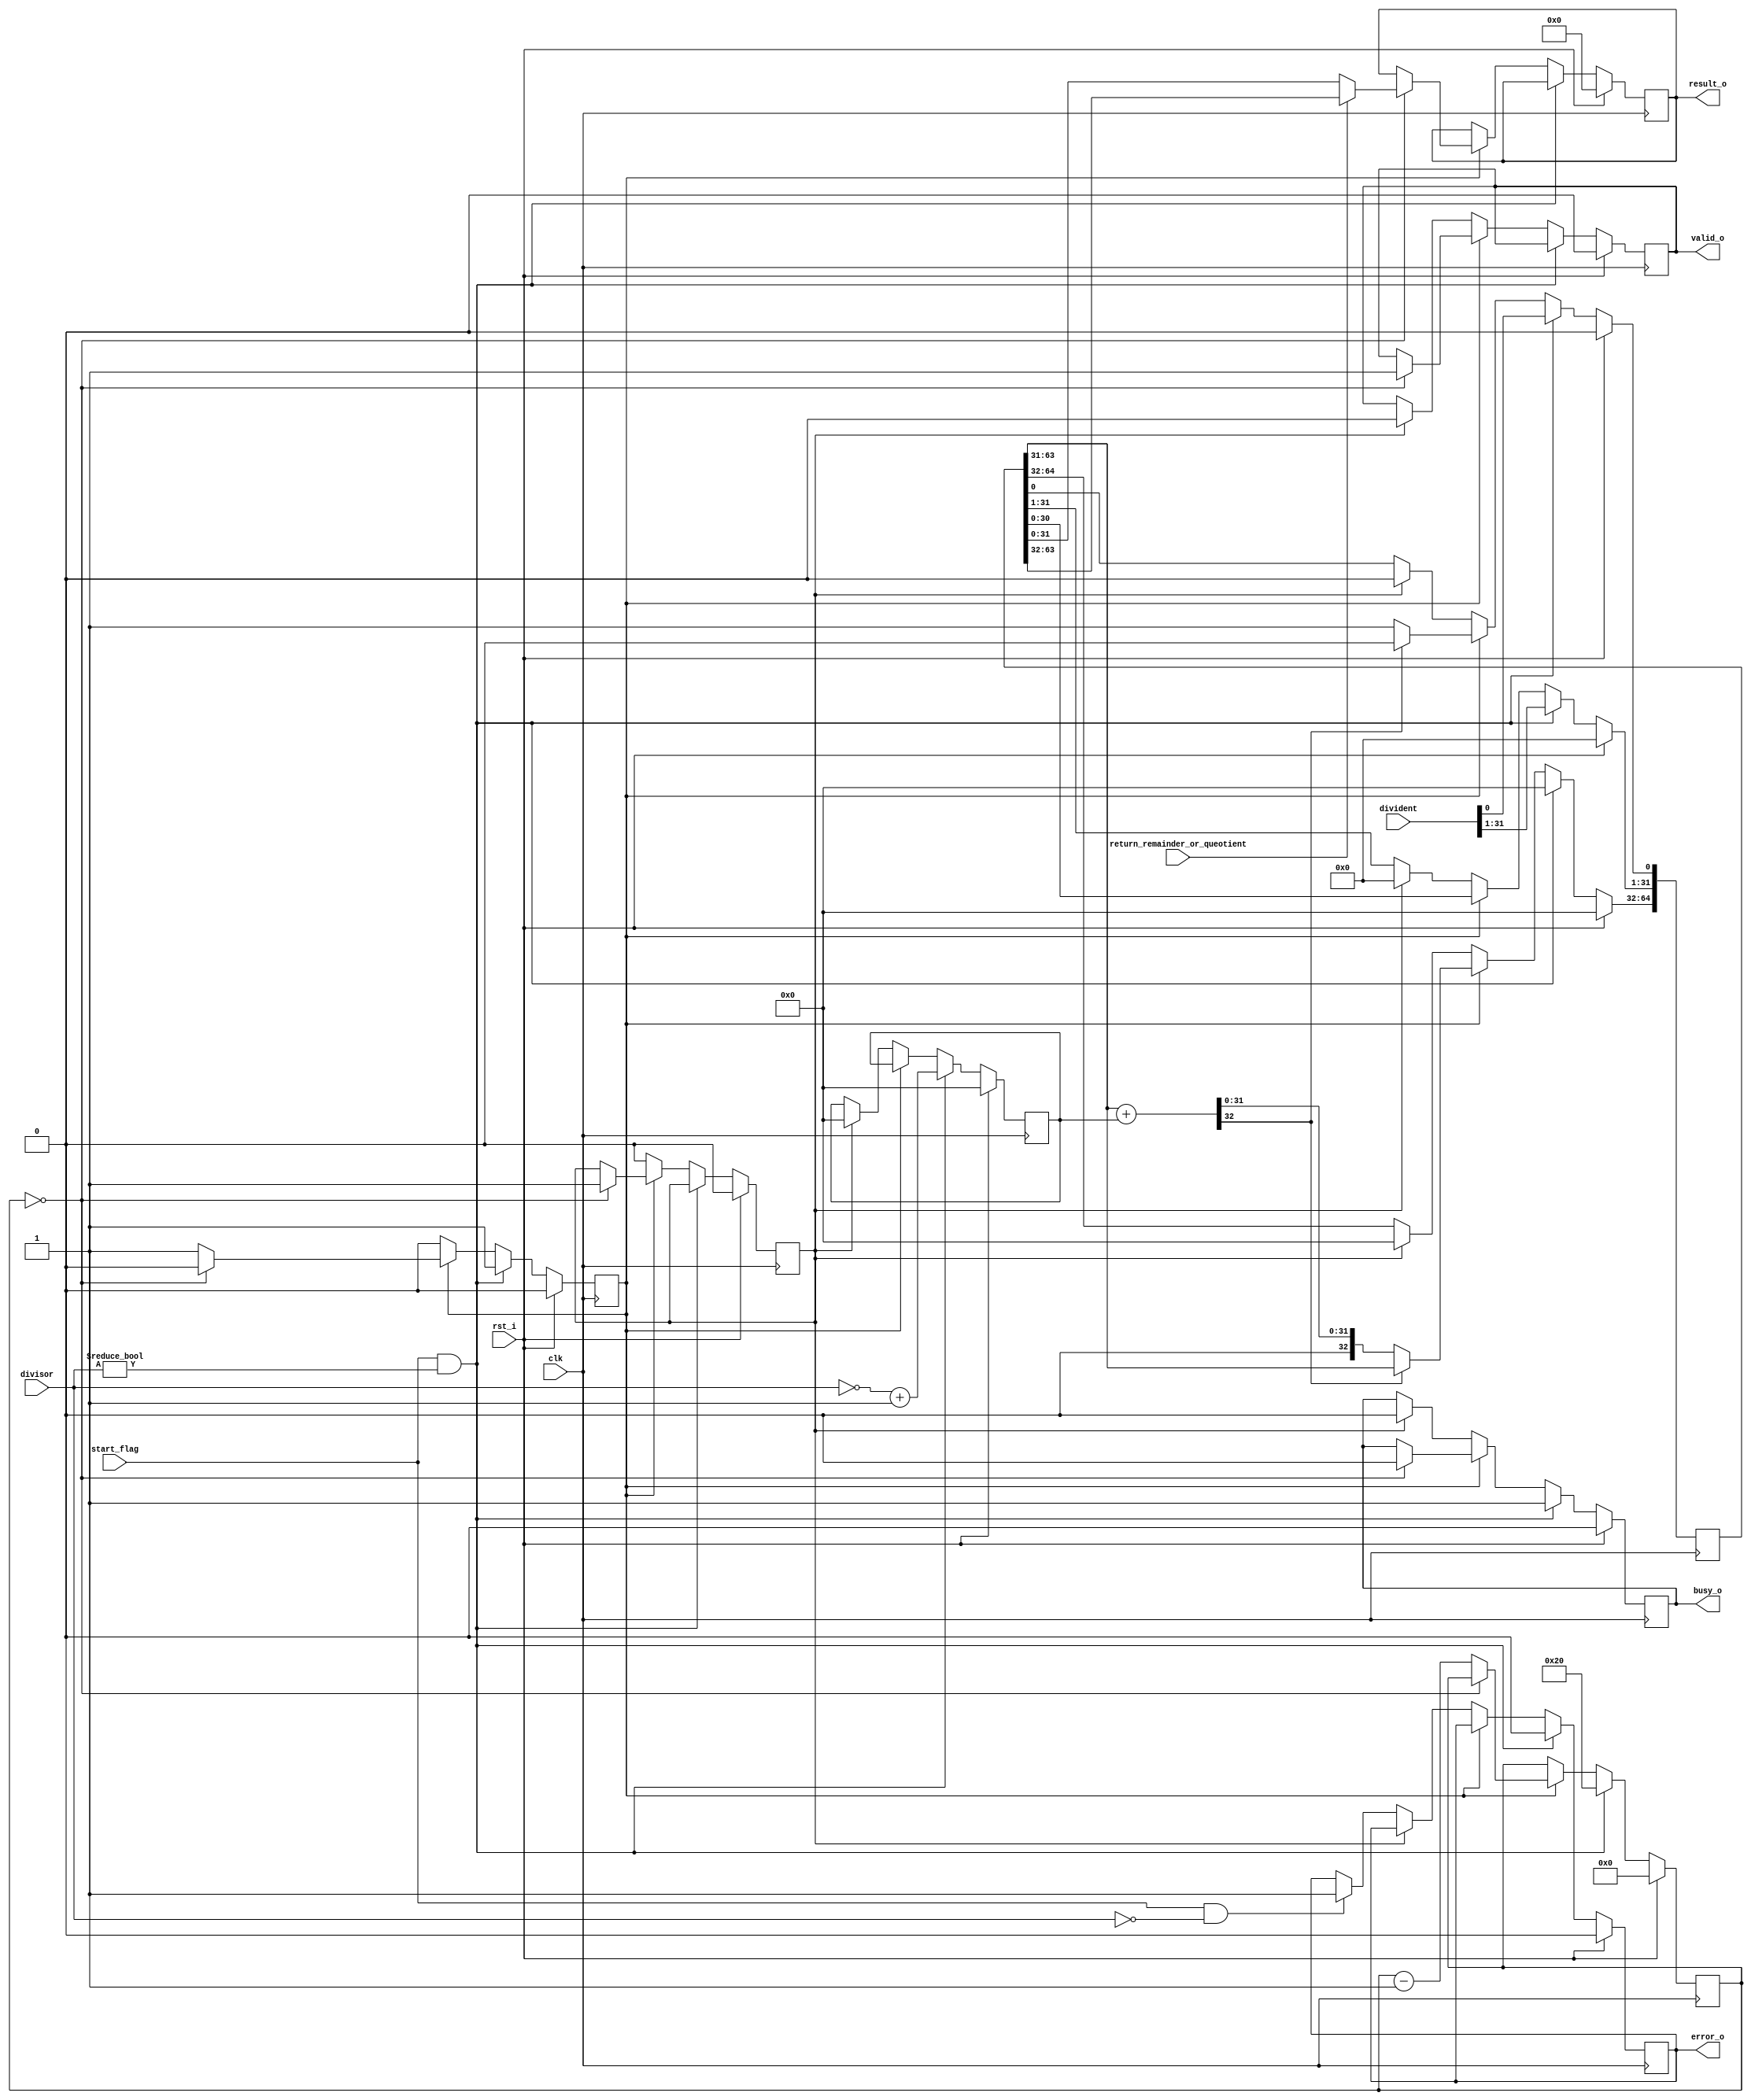
module Booth_Radix2_Divider#(parameter width = 32)(  // Module definition with parameter for operand width
    input clk,                                     // Clock input
    input rst_i,                                   // Reset input
    input [width-1:0] divident,                    // Dividend input
    input [width-1:0] divisor,                     // Divisor input
    input return_remainder_or_queotient,           // Flag to return remainder (1) or quotient (0)
    input start_flag,                              // Start operation flag
    output reg busy_o,                             // Output flag indicating operation in progress
    output reg valid_o,                            // Output flag indicating valid result
    output reg error_o,                            // Output flag indicating error (like division by zero)
    output reg [width-1:0] result_o                // Output result of the division
    );

    reg [2*width:0] A_Q_reg;                       // Combined register for A and Q
    reg [width:0] B_reg;                           // Register for the divisor
    reg [5:0] count;                               // Counter for the division steps
    reg start_reg;                                 // Internal start flag
    reg clear_reg;                                 // Flag to clear internal registers
    
    // Intermediate wires for the division process
    wire [2*width:0] A_Q_reg_shift = A_Q_reg << 1; // Shift combined A and Q register left by 1
    wire [width:0] A_subtract_B = A_Q_reg_shift[2*width:width] + B_reg; // Subtract B from upper half of A_Q
    wire [width-1:0] remainder = A_Q_reg[2*width-1:width];  // Extract remainder
    wire [width-1:0] queotient = A_Q_reg[width-1:0];        // Extract quotient

    // Main sequential logic for performing division
    always @(posedge clk) begin
        if(rst_i) begin  // Reset logic
            A_Q_reg <= {(2*width+1){1'b0}};
            B_reg <= {(width+1){1'b0}};
            count <= {(width+1){1'b0}};
            busy_o <= 1'b0;
            valid_o <= 1'b0;
            result_o <= {(width){1'b0}};
            start_reg <= 1'b0;
            clear_reg <= 1'b0;
            error_o <= 1'b0;
        end
        else if(start_flag && (divisor != 0)) begin  // Start division process
            A_Q_reg <= {{(width+1){1'b0}}, divident};
            B_reg <= (~({1'b0, divisor}) + 1);  // Calculate two's complement of divisor
            busy_o <= 1'b1;
            error_o <= 1'b0;
            count <= width;
            start_reg <= 1'b1;
        end
        else if(start_reg) begin  // Division operation
            A_Q_reg <= A_Q_reg_shift;  // Shift left operation
            if(A_subtract_B[width]) begin
                A_Q_reg[0] <= 1'b0;
            end
            else begin
                A_Q_reg[0] <= 1'b1;
                A_Q_reg[2*width:width] <= A_subtract_B;
            end
            if(!count) begin  // Check if division steps are completed
                busy_o <= 1'b0;
                valid_o <= 1'b1;
                result_o <= return_remainder_or_queotient ? remainder : queotient;
                clear_reg <= 1'b1;
                start_reg <= 1'b0;
            end
            else begin
                count <= count - 1;
            end
        end
        else if(clear_reg) begin  // Clear internal registers
            A_Q_reg <= {(2*width+1){1'b0}};
            B_reg <= {(width+1){1'b0}};
            valid_o <= 1'b0;
            busy_o <= 1'b0;
            clear_reg <= 1'b0;
        end
        else if(start_flag && !divisor) begin  // Error case: Division by zero
            error_o <= 1'b1;
        end
    end
endmodule